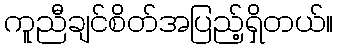
ကူညီချင်စိတ်အပြည့်ရှိတယ်။